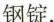
钢锭。